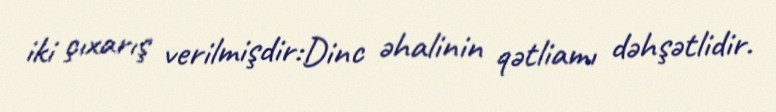
iki çıxarış verilmişdir:Dinc əhalinin qətliamı dəhşətlidir.